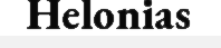
Helonias